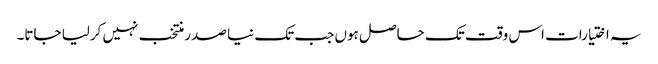
یہ اختیارات اس وقت تک حاصل ہوں جب تک نیا صدر منتخب نہیں کرلیا جاتا۔